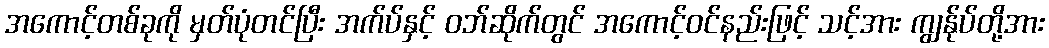
အကောင့်တစ်ခုကို မှတ်ပုံတင်ပြီး အက်ပ်နှင့် ဝဘ်ဆိုက်တွင် အကောင့်ဝင်နည်းဖြင့် သင့်အား ကျွန်ုပ်တို့အား